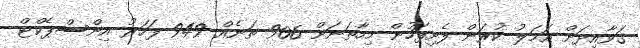
ގަވާއިދަށް އަމަލު ކުރަން ފެށިފަހުން މިހާތަނަށް 906 ތަނެއް 949 ފަހަރު އިންސްޕެކްޓް